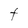
Character: t